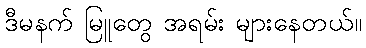
ဒီမနက် မြူတွေ အရမ်း များနေတယ်။